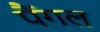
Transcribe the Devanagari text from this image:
पैंगल